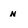
Character: n